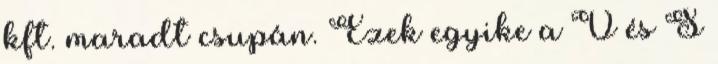
kft. maradt csupán. Ezek egyike a V és S